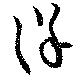
徐